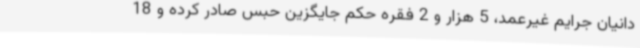
دانیان جرایم غیرعمد، 5 هزار و 2 فقره حکم جایگزین حبس صادر کرده و 18